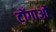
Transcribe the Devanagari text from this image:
टोंगाओं